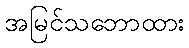
အမြင်သဘောထား